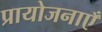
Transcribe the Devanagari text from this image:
प्रायोजनाएँ